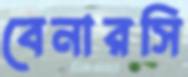
বেনারসি